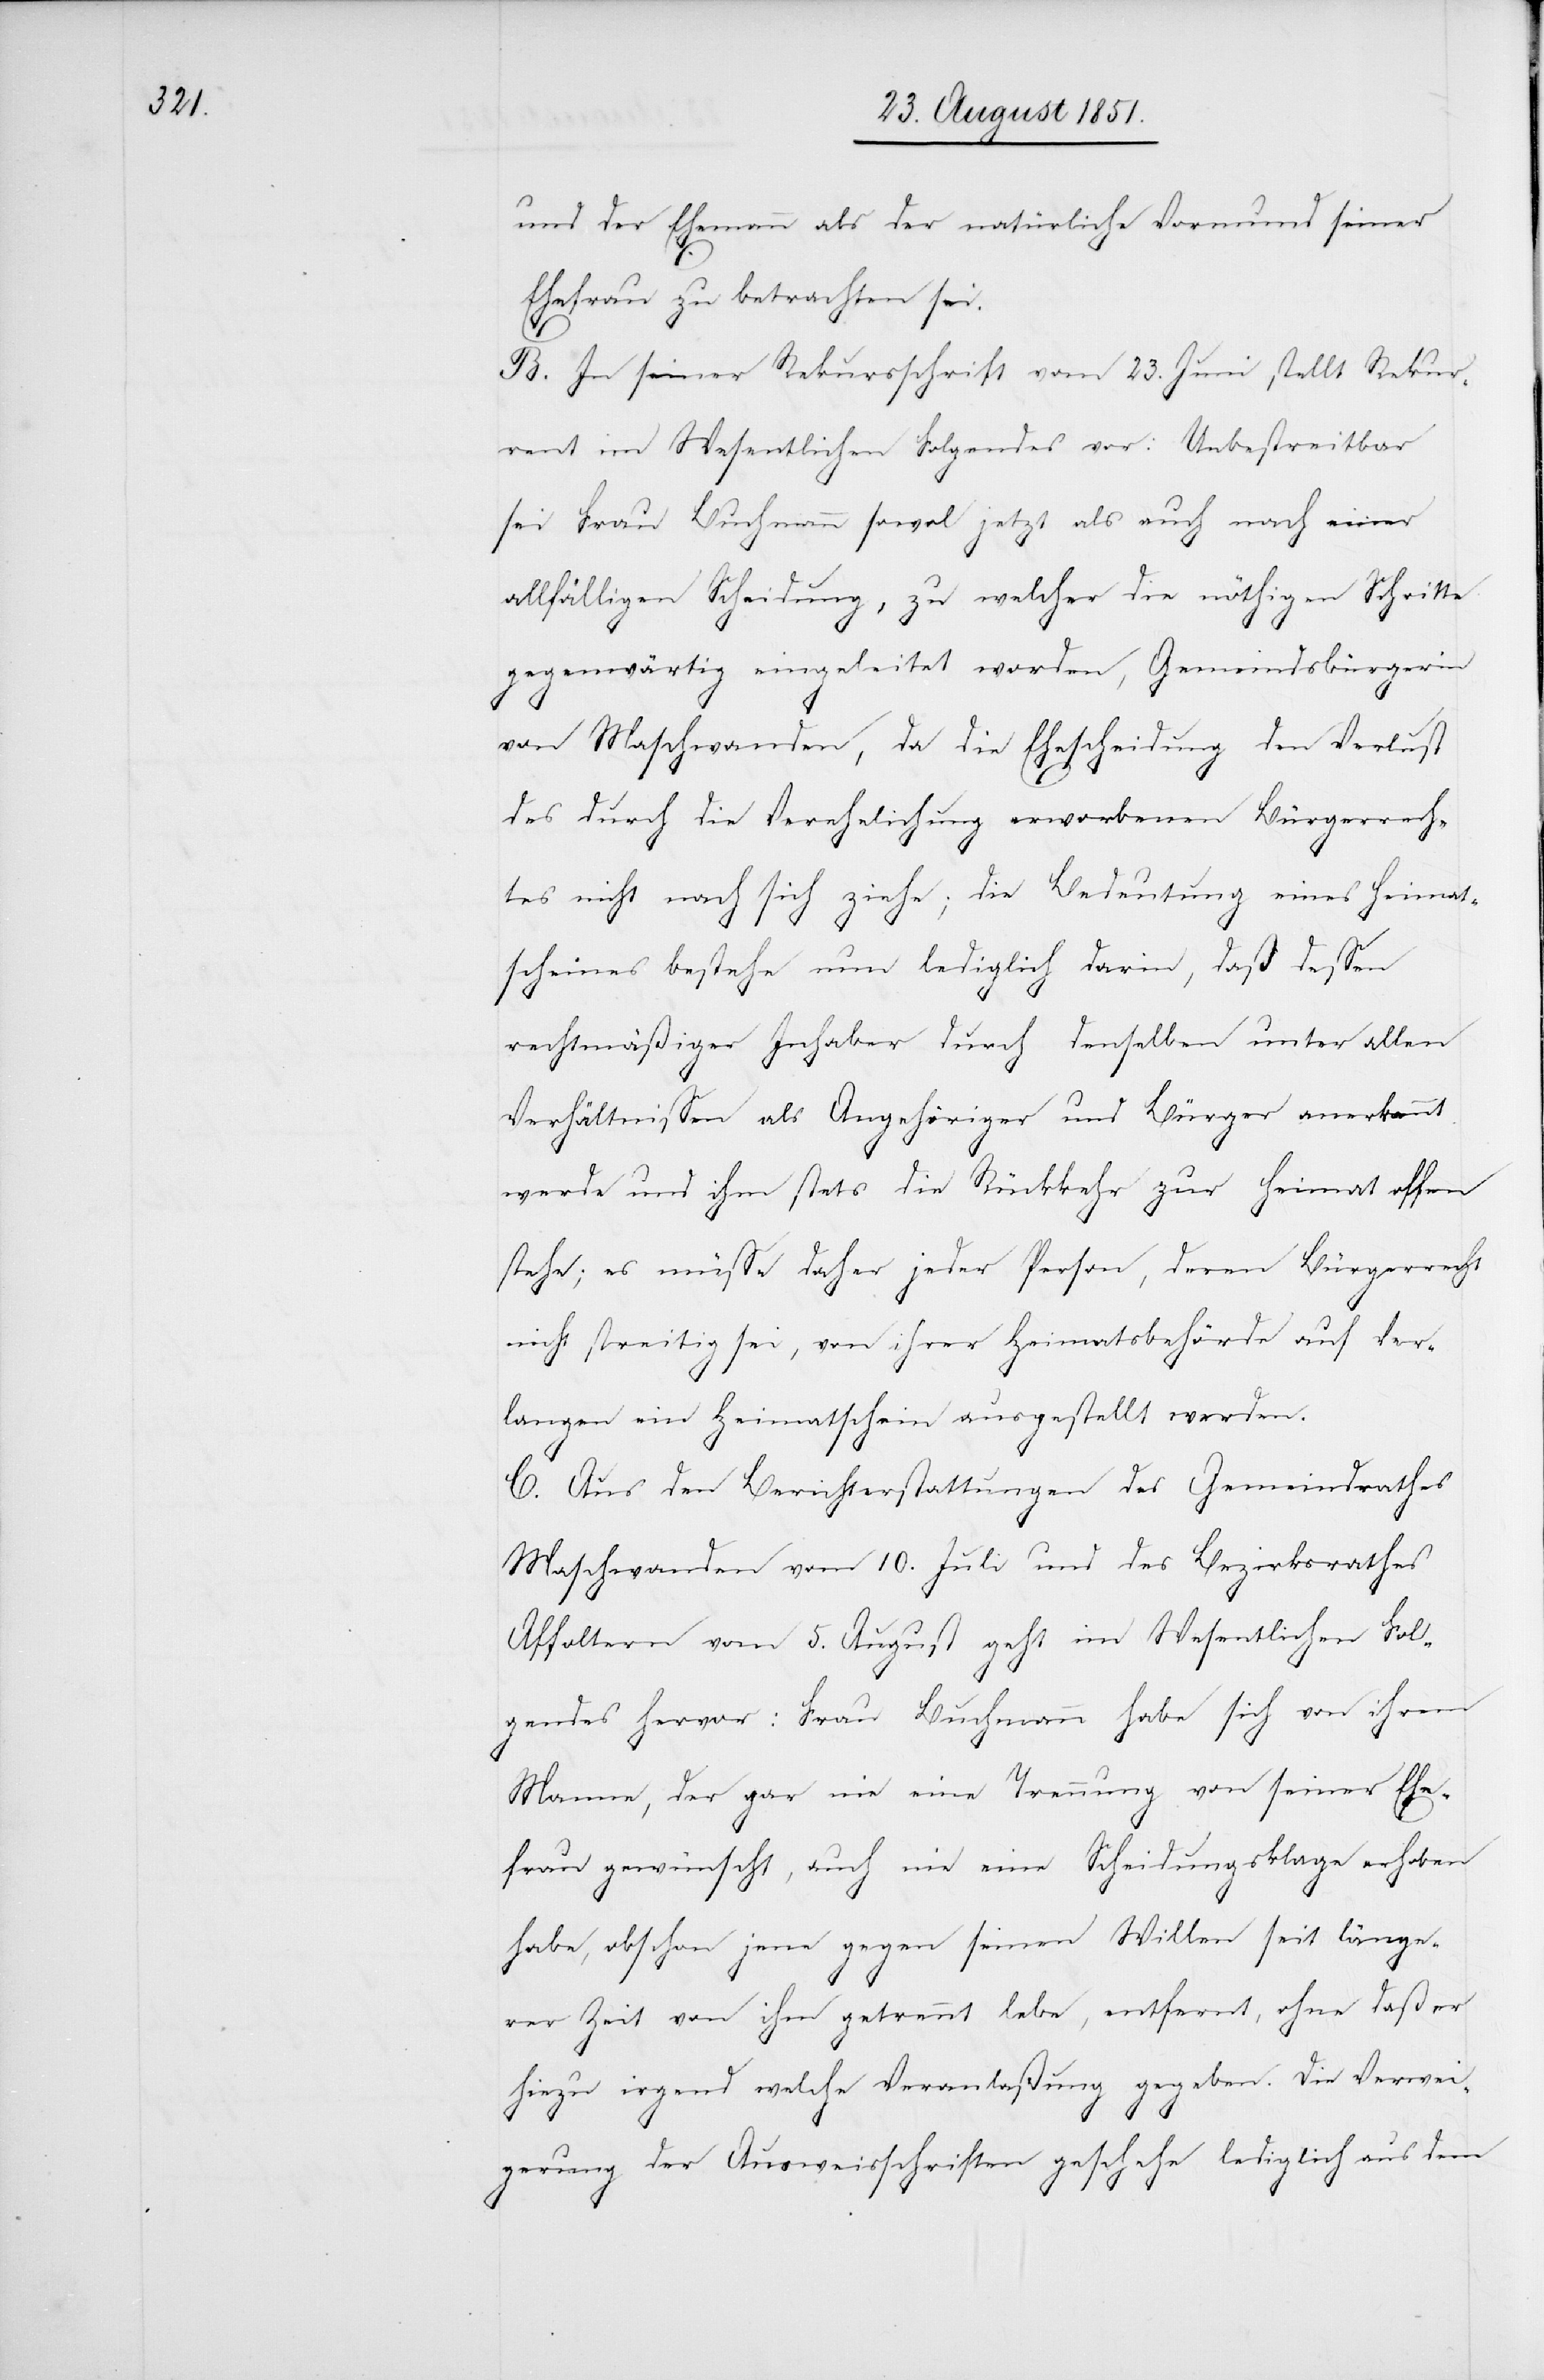
und der Ehemann als der natürliche Vormund seiner
Ehefrau zu betrachten sei.
B. In seiner Rekursschrift vom 23. Juni stellt Rekur¬
rent im Wesentlichen Folgendes vor: Unbestreitbar
sei Frau Buchmann sowo[h]l jetzt als auch nach einer
allfälligen Scheidung, zu welcher die nöthigen Schritte
gegenwärtig eingeleitet worden, Gemeindsbürgerin
von Maschwanden, da die Ehescheidung den Verlust
des durch die Verehelichung erworbenen Bürgerrech¬
tes nicht nach sich ziehe; die Bedeutung eines Heimat¬
scheines bestehe nun lediglich darin, daß dessen
rechtmäßiger Inhaber durch denselben unter allen
Verhältnissen als Angehöriger und Bürger anerkannt
werde und ihm stets die Rückkehr zur Heimat offen
stehe; es müsse daher jeder Person, deren Bürgerrecht
nicht streitig sei, von ihrer Heimatsbehörde auf Ver¬
langen ein Heimatschein ausgestellt werden.
C. Aus den Berichterstattungen des Gemeindrathes
Maschwanden vom 10. Juli und des Bezirksrathes
Affoltern vom 5. August geht im Wesentlichen Fol¬
gendes hervor: Frau Buchmann habe sich von ihrem
Manne, der gar nie eine Trennung von seiner Ehe¬
frau gewünscht, auch nie eine Scheidungsklage erhoben
habe, obschon jene gegen seinen Willen seit länge¬
rer Zeit von ihm getrennt lebe, entfernt, ohne daß er
hiezu irgend welche Veranlaßung gegeben. Die Verwei¬
gerung der Ausweisschriften geschehe lediglich aus dem